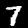
Digit: 7